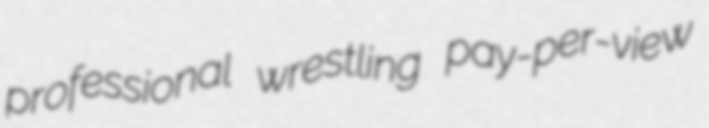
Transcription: professional wrestling pay-per-view